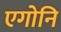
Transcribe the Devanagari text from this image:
एगोनि